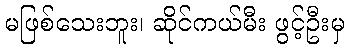
မဖြစ်သေးဘူး၊ ဆိုင်ကယ်မီး ဖွင့်ဦးမှ